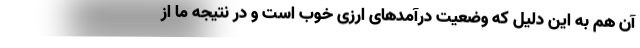
آن هم به این دلیل که وضعیت درآمدهای ارزی خوب است و در نتیجه ما از